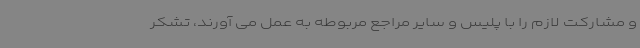
و مشارکت لازم را با پلیس و سایر مراجع مربوطه به عمل می آورند، تشکر